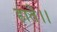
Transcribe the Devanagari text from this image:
हाते।।